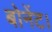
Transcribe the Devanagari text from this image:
बोनेंट।